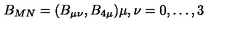
B _ { M N } = ( B _ { \mu \nu } , B _ { 4 \mu } ) \mu , \nu = 0 , \dots , 3